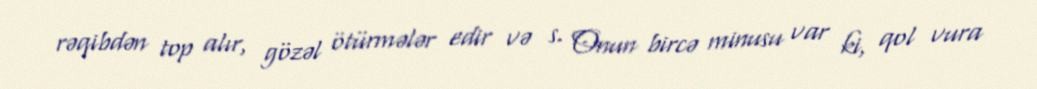
rəqibdən top alır, gözəl ötürmələr edir və s. Onun bircə minusu var ki, qol vura